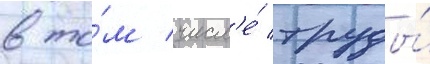
в то́м числ'е́ труды́